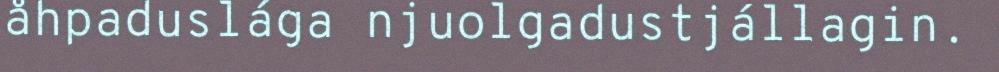
åhpaduslága njuolgadustjállagin.